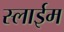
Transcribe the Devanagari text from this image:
स्लाईम